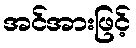
အင်အားဖြင့်